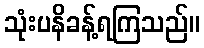
သုံးပနိခန့်ရကြသည်။